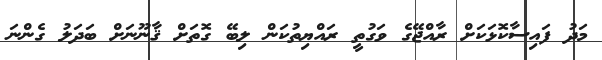
މަދު ފައިސާކޮޅަކަށް ރާއްޖޭގެ ވަގުތީ ރައްޔިތުކަން ލިބޭ ގޮތަށް ޤާނޫނަށް ބަދަލު ގެންނަ